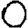
Digit: 0